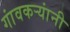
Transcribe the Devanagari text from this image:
गांवकऱ्यांनी